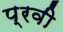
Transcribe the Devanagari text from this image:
प्रवी